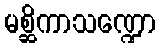
မစ္ဆိကာသဏ္ဍော